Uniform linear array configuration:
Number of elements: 32
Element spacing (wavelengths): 0.75
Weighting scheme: hann
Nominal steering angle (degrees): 0
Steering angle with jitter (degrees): -0.894
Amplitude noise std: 0.05
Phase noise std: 0.05

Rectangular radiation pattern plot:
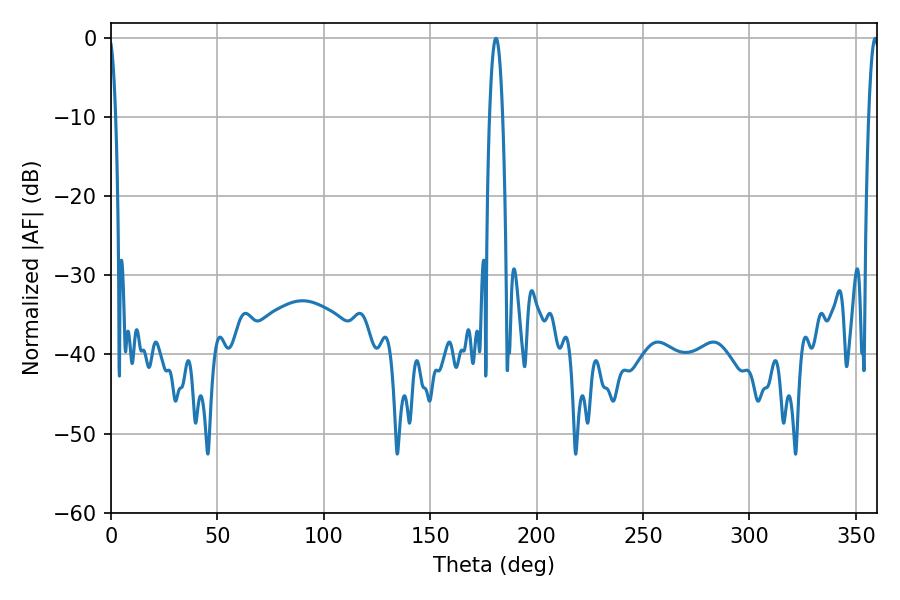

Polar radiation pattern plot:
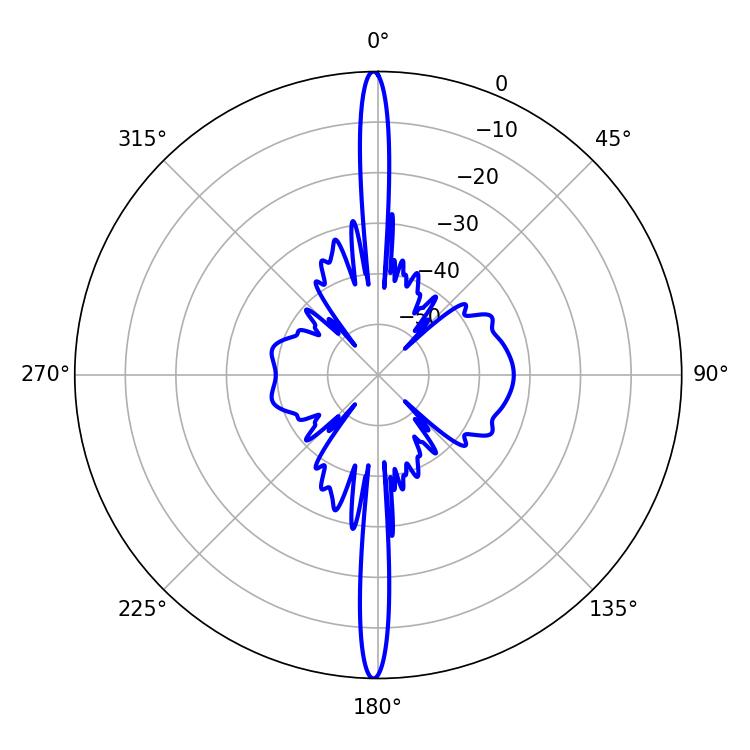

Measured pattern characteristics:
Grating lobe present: TRUE
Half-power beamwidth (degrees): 3.24
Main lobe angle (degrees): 180.9